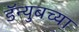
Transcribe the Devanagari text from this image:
डॅन्युबच्या